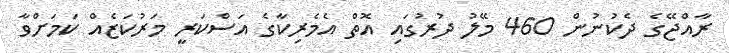
ރާއްޖޭގެ ދެކުނުން 460 މޭލު ދުރުގައި އޮތް އެމެރިކާގެ އަސްކަރީ މަރުކަޒެއް ކަމަށްވާ